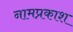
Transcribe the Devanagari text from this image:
नामप्रकाश